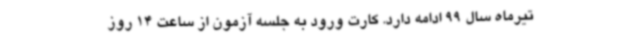
تیرماه سال 99 ادامه دارد. کارت ورود به جلسه آزمون از ساعت 14 روز